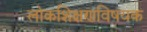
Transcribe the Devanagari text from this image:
लोकशिक्षणविषयक